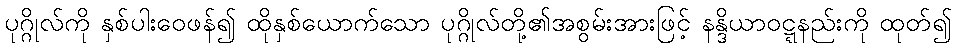
ပုဂ္ဂိုလ်ကို နှစ်ပါးဝေဖန်၍ ထိုနှစ်ယောက်သော ပုဂ္ဂိုလ်တို့၏အစွမ်းအားဖြင့် နန္ဒိယာဝဋ္ဋနည်းကို ထုတ်၍